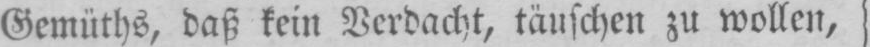
Gemüths, daß kein Verdacht, täuschen zu wollen,